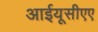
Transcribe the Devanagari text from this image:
आईयूसीएए